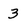
Character: 3